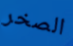
الصخر